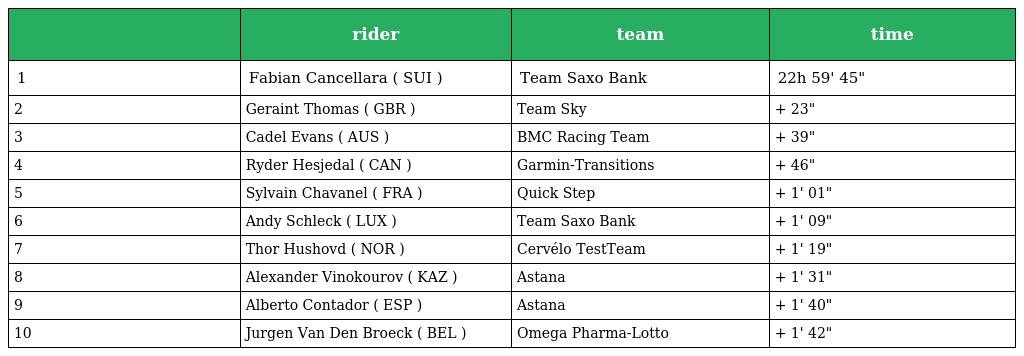
|  | rider | team | time |
 | --- | --- | --- | --- |
 | 1 | Fabian Cancellara ( SUI ) | Team Saxo Bank | 22h 59' 45" |
 | 2 | Geraint Thomas ( GBR ) | Team Sky | + 23" |
 | 3 | Cadel Evans ( AUS ) | BMC Racing Team | + 39" |
 | 4 | Ryder Hesjedal ( CAN ) | Garmin-Transitions | + 46" |
 | 5 | Sylvain Chavanel ( FRA ) | Quick Step | + 1' 01" |
 | 6 | Andy Schleck ( LUX ) | Team Saxo Bank | + 1' 09" |
 | 7 | Thor Hushovd ( NOR ) | Cervélo TestTeam | + 1' 19" |
 | 8 | Alexander Vinokourov ( KAZ ) | Astana | + 1' 31" |
 | 9 | Alberto Contador ( ESP ) | Astana | + 1' 40" |
 | 10 | Jurgen Van Den Broeck ( BEL ) | Omega Pharma-Lotto | + 1' 42" |